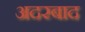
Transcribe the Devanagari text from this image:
अदरबाद